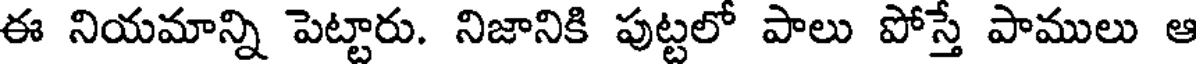
ఈ నియమాన్ని పెట్టారు. నిజానికి పుట్టలో పాలు పోస్తే పాములు ఆ